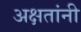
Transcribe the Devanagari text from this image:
अक्षतांनी